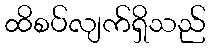
ထိစပ်လျက်ရှိသည်